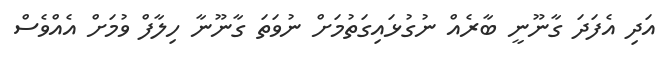
އަދި އެފަދަ ގާނޫނީ ބާރެއް ނުގުޅައިގަތުމަށް ނުވަތަ ގާނޫނާ ހިލާފް ވުމަށް އެއްވެސް